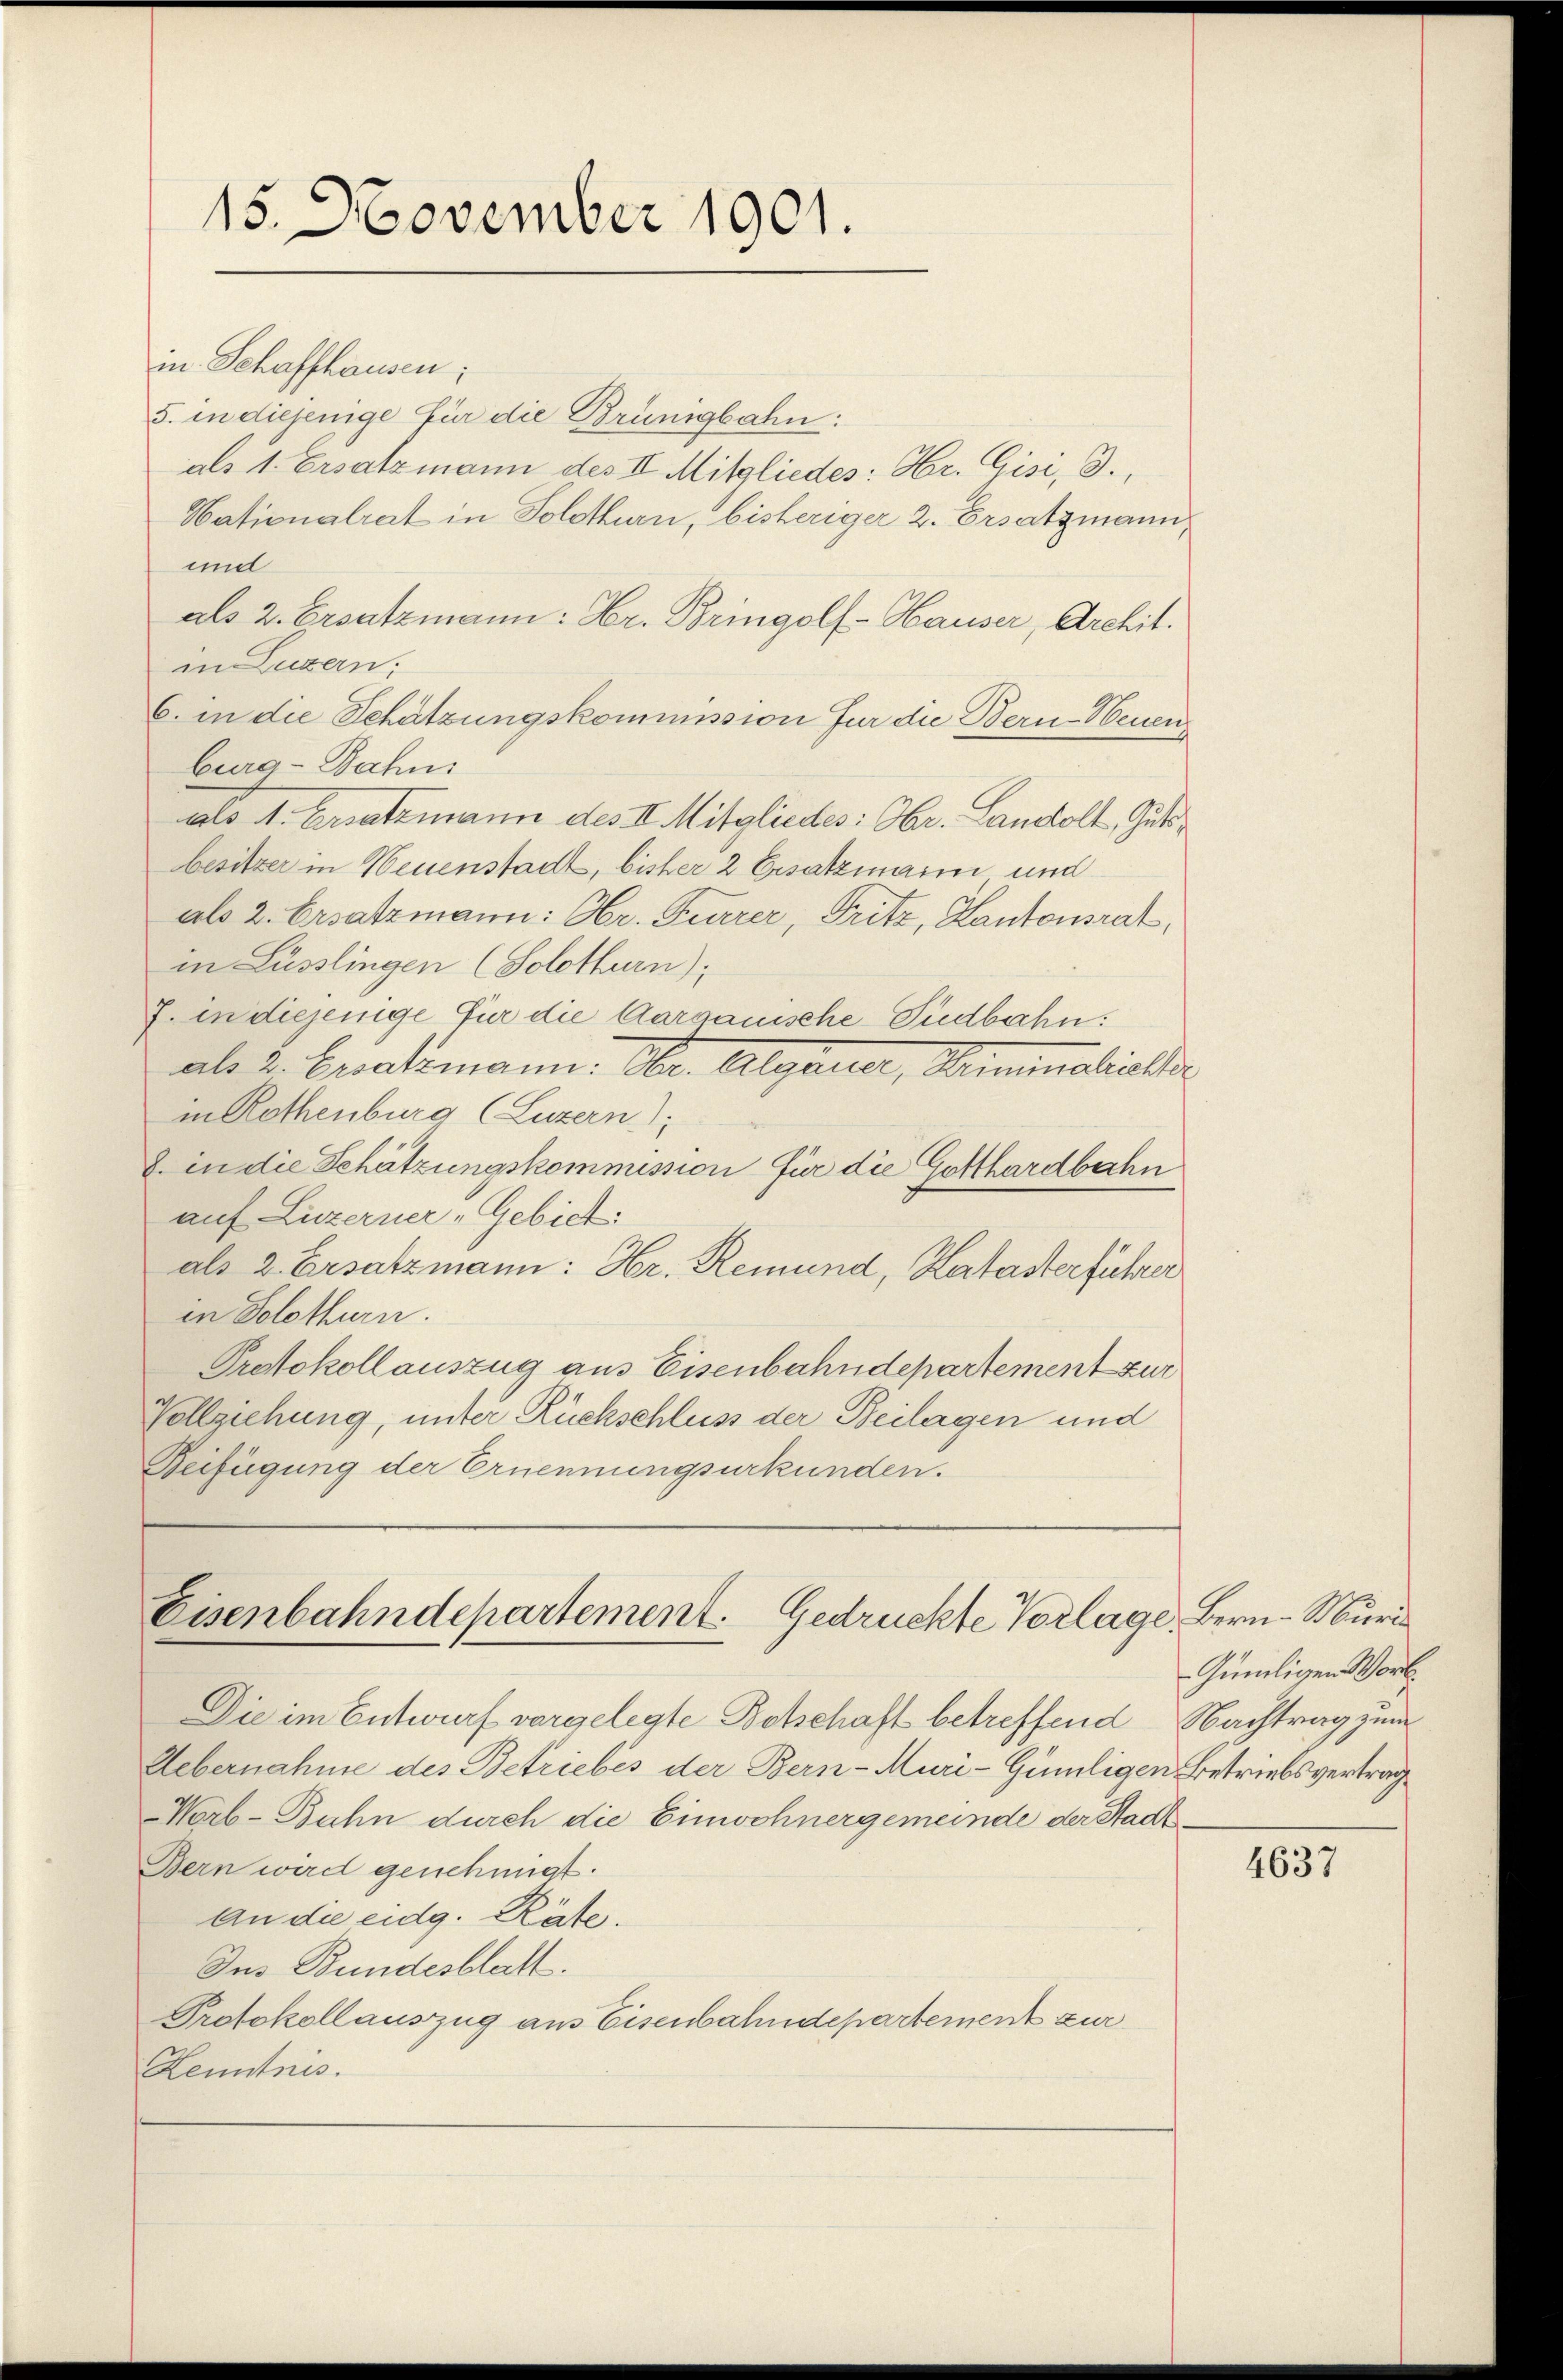
15. November 1901.

in Schaffhausen:
5. in diejenige für die Brünigbahn:
als 1. Ersatzmann des II. Mitgliedes: Hr. Gisi, 3.,
Nationalrat in Solothurn, bisheriger 2. Ersatzmann,
und
als 2. Ersatzmann: Hr. Bringolf-Hauser, Archit.
in Luzern.
6. in die Schätzungskommission für die Bern-Neuen,
burg-Bahni
als A. Ersatzmann des II. Mitgliedes: Hr. Landolt, Gutbesitzer in Neuenstadt, bisher 2 Ersatzmann und
als 2. Ersatzmann: Hr. Furrer, Fritz, Kantonsrat
in Lusslingen (Solothurn):
J. in diejenige Für die Aargauische Südbahn.
als 2. Ersalemann. Aber. Algana, Minimalisier
in Rothenburg (Luzern):
8. in die Schätzungskommission für die Gotthardbahn
auf Luzerner „Gebiet:
als 2. Ersatzmann: Hr. Remund, Katasterführer
in Solothurn.
Protokollauszug aus Eisenbahndepartement zur
Vollziehung, unter Rückschluss der Beilagen und
Beifügung der Ernennungsurkunden.

Eisenbahndepartement. Gedrückte Vorlage.

Die im Entwurf vorgelegte Botschaft betreffend Nachtrag zum
Uebernahme des Betriebes der Bern-Muri-Gümligen Betriebsverträg
Worb-Buhn durch die Einwohnergemeinde der Stadt¬
Bern wird genehmigt.
An die eidg. Räte.
Ius Bundesblatt.
Protokollauszug aus Eisenbahndepartement zur
Kenntnis.

Bern. Muri
Günligen Wort.

4637